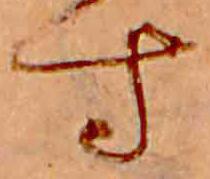
す